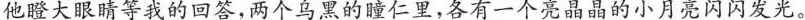
他瞪大眼睛等我的回答，两个乌黑的瞳仁里，各有一个亮晶晶的小月亮闪闪发光。